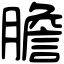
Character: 膽